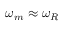
\omega _ { m } \approx \omega _ { R }